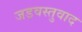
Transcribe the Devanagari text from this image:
जड़वस्तुवाद